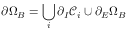
\partial \Omega _ { B } = \bigcup _ { i } \partial _ { I } \mathcal { C } _ { i } \cup \partial _ { E } \Omega _ { B }